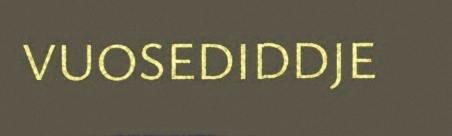
VUOSEDIDDJE